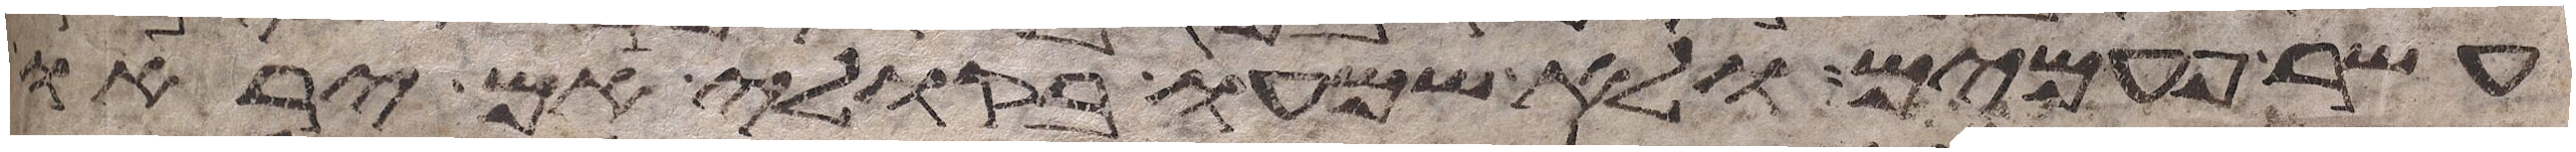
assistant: עשר פעמים ולא שמעו בקולי אם יראו